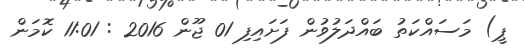
ޕީ) މަސައްކަތު ބައްދަލުވުން ފަށައިފި 01 ޖޫން 2016 : 11:01 ކޮމަން